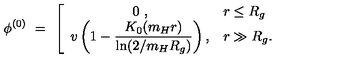
\phi ^ { ( 0 ) } \ = \ \left[ \begin{array} { c l } { \displaystyle 0 \ , } & { r \le R _ { g } } \\ { \displaystyle v \left( 1 - \frac { K _ { 0 } ( m _ { H } r ) } { \ln ( 2 / m _ { H } R _ { g } ) } \right) , } & { r \gg R _ { g } . } \\ \end{array} \right.